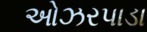
ઓઝરપાડા